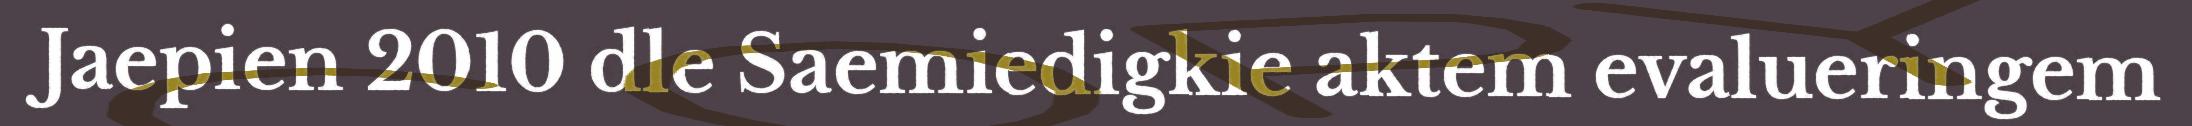
Jaepien 2010 dle Saemiedigkie aktem evalueringem